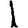
Digit: 1